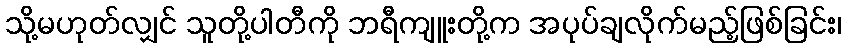
သို့မဟုတ်လျှင် သူတို့ပါတီကို ဘရီကျူးတို့က အပုပ်ချလိုက်မည့်ဖြစ်ခြင်း၊